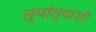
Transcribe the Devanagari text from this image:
त्यांत्याशी